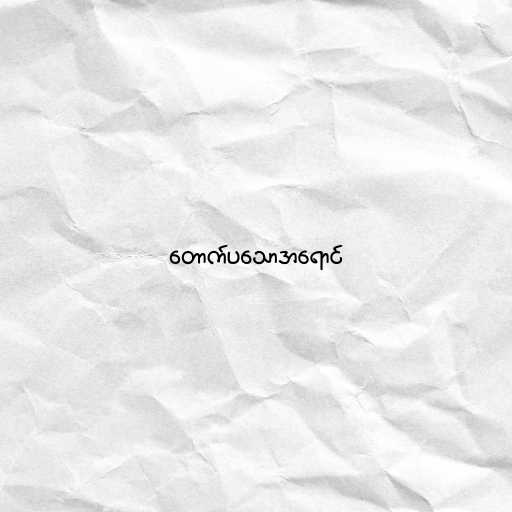
တောက်ပသောအရောင်